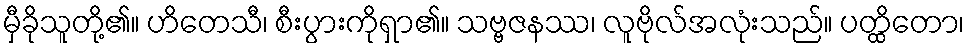
မှီခိုသူတို့၏။ ဟိတေသီ၊ စီးပွားကိုရှာ၏။ သဗ္ဗဇနဿ၊ လူဗိုလ်အလုံးသည်။ ပတ္ထိတော၊